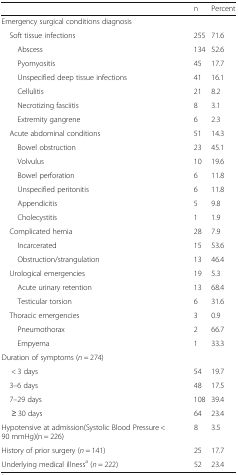
<table><thead><tr><td></td><td><b>n</b></td><td><b>Percent</b></td></tr></thead><tbody><tr><td colspan="3">Emergency surgical conditions diagnosis</td></tr><tr><td> Soft tissue infections</td><td>255</td><td>71.6</td></tr><tr><td>Abscess</td><td>134</td><td>52.6</td></tr><tr><td>Pyomyositis</td><td>45</td><td>17.7</td></tr><tr><td>Unspecified deep tissue infections</td><td>41</td><td>16.1</td></tr><tr><td>Cellulitis</td><td>21</td><td>8.2</td></tr><tr><td>Necrotizing fasciitis</td><td>8</td><td>3.1</td></tr><tr><td>Extremity gangrene</td><td>6</td><td>2.3</td></tr><tr><td> Acute abdominal conditions</td><td>51</td><td>14.3</td></tr><tr><td>Bowel obstruction</td><td>23</td><td>45.1</td></tr><tr><td>Volvulus</td><td>10</td><td>19.6</td></tr><tr><td>Bowel perforation</td><td>6</td><td>11.8</td></tr><tr><td>Unspecified peritonitis</td><td>6</td><td>11.8</td></tr><tr><td>Appendicitis</td><td>5</td><td>9.8</td></tr><tr><td>Cholecystitis</td><td>1</td><td>1.9</td></tr><tr><td> Complicated hernia</td><td>28</td><td>7.9</td></tr><tr><td>Incarcerated</td><td>15</td><td>53.6</td></tr><tr><td>Obstruction/strangulation</td><td>13</td><td>46.4</td></tr><tr><td> Urological emergencies</td><td>19</td><td>5.3</td></tr><tr><td>Acute urinary retention</td><td>13</td><td>68.4</td></tr><tr><td>Testicular torsion</td><td>6</td><td>31.6</td></tr><tr><td> Thoracic emergencies</td><td>3</td><td>0.9</td></tr><tr><td>Pneumothorax</td><td>2</td><td>66.7</td></tr><tr><td>Empyema</td><td>1</td><td>33.3</td></tr><tr><td colspan="3">Duration of symptoms (<i>n</i> = 274)</td></tr><tr><td>&lt; 3 days</td><td>54</td><td>19.7</td></tr><tr><td> 3–6 days</td><td>48</td><td>17.5</td></tr><tr><td> 7–29 days</td><td>108</td><td>39.4</td></tr><tr><td>≥ 30 days</td><td>64</td><td>23.4</td></tr><tr><td>Hypotensive at admission(Systolic Blood Pressure &lt; 90 mmHg)(n = 226)</td><td>8</td><td>3.5</td></tr><tr><td>History of prior surgery (<i>n</i> = 141)</td><td>25</td><td>17.7</td></tr><tr><td>Underlying medical illness<sup>a</sup> (<i>n</i> = 222)</td><td>52</td><td>23.4</td></tr></tbody></table>